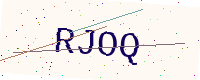
Text: RJOQ